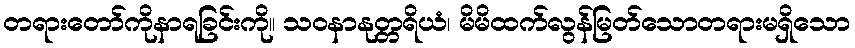
တရားတော်ကိုနာရခြင်းကို။ သဝနာနုတ္တရိယံ၊ မိမိထက်လွန်မြတ်သောတရားမရှိသော